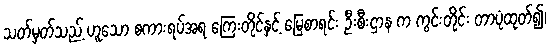
သတ်မှတ်သည့် ဟူသော စကားရပ်အရ ကြေးတိုင်နှင့် မြေစာရင်း ဦးစီးဌာန က ကွင်းတိုင်း တာပုံထုတ်၍၊